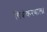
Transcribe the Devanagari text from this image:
चित्रीकरणाला